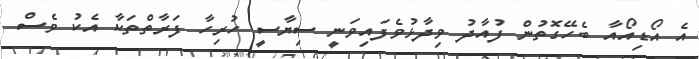
އެ އޯޑިއޯއާ ބެހޭގޮތުން ފުއާދު ވިދާޅުވެފައިވަނީ ސިޔާސީ ހުރިހާ ފަރާތްތަކާ އެކު ވެސް